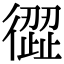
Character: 𢕬